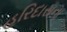
હરિદાસના